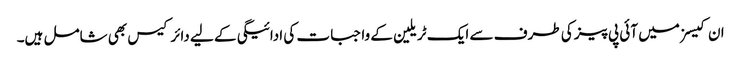
ان کیسز میں آئی پی پیز کی طرف سے ایک ٹریلین کے واجبات کی ادائیگی کے لیے دائر کیس بھی شامل ہیں۔